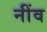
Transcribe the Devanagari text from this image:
नींंव